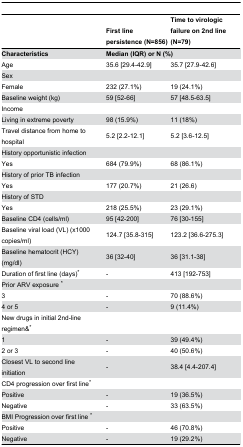
<table><thead><tr><td></td><td><b>First line persistence (N=856)</b></td><td><b>Time to virologic failure on 2nd line (N=79)</b></td></tr></thead><tbody><tr><td><b>Characteristics</b></td><td colspan="2"><b>Median (IQR) or N (%)</b></td></tr><tr><td>Age</td><td>35.6 [29.4-42.9]</td><td>35.7 [27.9-42.6]</td></tr><tr><td>Sex</td><td></td><td></td></tr><tr><td> Female</td><td>232 (27.1%)</td><td>19 (24.1%)</td></tr><tr><td>Baseline weight (kg)</td><td>59 [52-66]</td><td>57 [48.5-63.5]</td></tr><tr><td>Income</td><td></td><td></td></tr><tr><td>Living in extreme poverty</td><td>98 (15.9%)</td><td>11 (18%)</td></tr><tr><td>Travel distance from home to hospital</td><td>5.2 [2.2-12.1]</td><td>5.2 [3.6-12.5]</td></tr><tr><td>History opportunistic infection</td><td></td><td></td></tr><tr><td> Yes</td><td>684 (79.9%)</td><td>68 (86.1%)</td></tr><tr><td>History of prior TB infection</td><td></td><td></td></tr><tr><td> Yes</td><td>177 (20.7%)</td><td>21 (26.6)</td></tr><tr><td>History of STD</td><td></td><td></td></tr><tr><td> Yes</td><td>218 (25.5%)</td><td>23 (29.1%)</td></tr><tr><td>Baseline CD4 (cells/ml)</td><td>95 [42-200]</td><td>76 [30-155]</td></tr><tr><td>Baseline viral load (VL) (x1000 copies/ml)</td><td>124.7 [35.8-315]</td><td>123.2 [36.6-275.3]</td></tr><tr><td>Baseline hematocrit (HCY) (mg/dl)</td><td>36 [32-40]</td><td>36 [31.1-38]</td></tr><tr><td>Duration of first line (days)*</td><td>-</td><td>413 [192-753]</td></tr><tr><td>Prior ARV exposure *</td><td></td><td></td></tr><tr><td> 3</td><td>-</td><td>70 (88.6%)</td></tr><tr><td> 4 or 5</td><td>-</td><td>9 (11.4%)</td></tr><tr><td>New drugs in initial 2nd-line regimen&amp;*</td><td></td><td></td></tr><tr><td> 1</td><td>-</td><td>39 (49.4%)</td></tr><tr><td> 2 or 3</td><td>-</td><td>40 (50.6%)</td></tr><tr><td>Closest VL to second line initiation</td><td>-</td><td>38.4 [4.4-207.4]</td></tr><tr><td>CD4 progression over first line*</td><td></td><td></td></tr><tr><td> Positive</td><td>-</td><td>19 (36.5%)</td></tr><tr><td> Negative</td><td>-</td><td>33 (63.5%)</td></tr><tr><td>BMI Progression over first line *</td><td></td><td></td></tr><tr><td> Positive</td><td>-</td><td>46 (70.8%)</td></tr><tr><td> Negative</td><td>-</td><td>19 (29.2%)</td></tr></tbody></table>